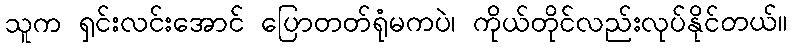
သူက ရှင်းလင်းအောင် ပြောတတ်ရုံမကပဲ၊ ကိုယ်တိုင်လည်းလုပ်နိုင်တယ်။